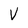
Character: V